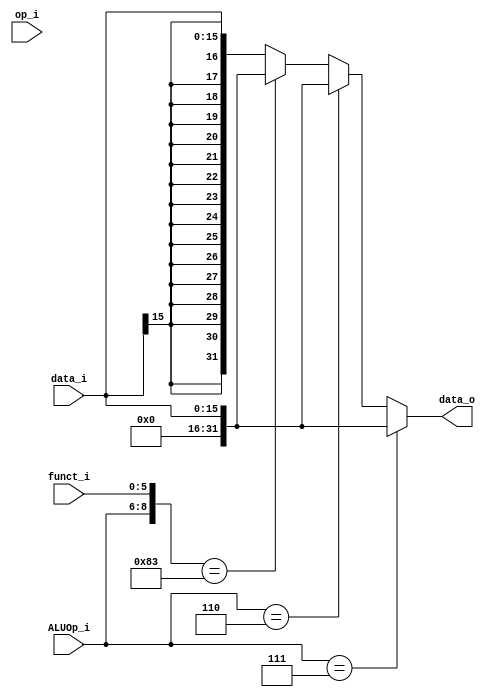
//Subject:     CO project 2 - Sign extend
//--------------------------------------------------------------------------------
//Version:     1
//--------------------------------------------------------------------------------
//Writer:      
//----------------------------------------------
//Date:        
//----------------------------------------------
//Description: 
//--------------------------------------------------------------------------------

module Sign_Extend(
    data_i,
    op_i,
    ALUOp_i,
    funct_i,
    data_o
    );
               
//I/O ports
input   [16-1:0] data_i;
input   [6-1:0] op_i;
input   [3-1:0] ALUOp_i;
input   [6-1:0] funct_i;
output  [32-1:0] data_o;

//Internal Signals
reg     [32-1:0] data_o;

//Sign extended
always @(*) begin

if(ALUOp_i == 3'b111) begin
  data_o={16'b0,data_i};
  end
  
else if(ALUOp_i == 3'b110) begin
  data_o={16'b0,data_i};
  end
  
else if({ALUOp_i, funct_i} == 9'b010000011) begin
  data_o={16'b0,data_i};
  end
  
else begin
  data_o={{16{data_i[15]}},data_i};
  end  
end
          
endmodule